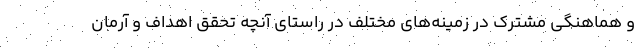
و هماهنگی مشترک در زمینه‌های مختلف در راستای آنچه تحقق اهداف و آرمان